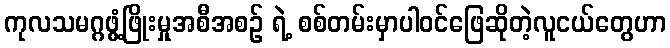
ကုလသမဂ္ဂဖွံ့ဖြိုးမှုအစီအစဉ် ရဲ့ စစ်တမ်းမှာပါဝင်ဖြေဆိုတဲ့လူငယ်တွေဟာ